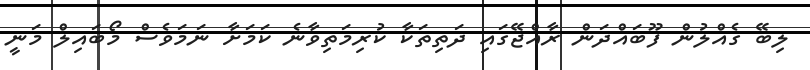
ލިބޭ ގެއްލުން ފޫބައްދަން ރާއްޖޭގައި ދަތިތަކާ ކުރިމަތިވާނެ ކަމަށާ ނަމަވެސް މޯބައިލް މަނީ